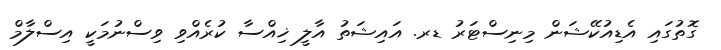
ގޮތުގައި އެޑިއުކޭޝަން މިނިސްޓަރު ޑރ. އައިޝަތު އާލީ ޚިއްސާ ކުރެއްވި ވިސްނުމަކީ އިސްލާމް